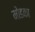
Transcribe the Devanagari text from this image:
मोडका